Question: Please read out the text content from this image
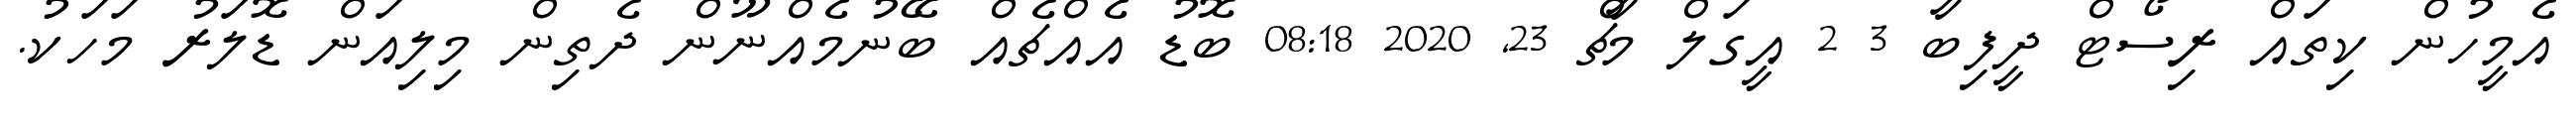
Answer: އެމީހުން ކިތައް ރިސޯޓް ދީފިބާ 3 2 އީގަލް މާޗް 23, 2020 08:18 ބޮޑު އެއްޗެއް ބޭނުމެއްނޫން ދެތިން މިލިއަން ޑޮލަރު މަހަކު.